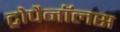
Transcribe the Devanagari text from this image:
ट्रोपैनॉलस